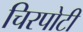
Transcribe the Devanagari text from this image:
चिरपोटी